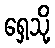
ရှေ့သို့